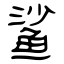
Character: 鲨